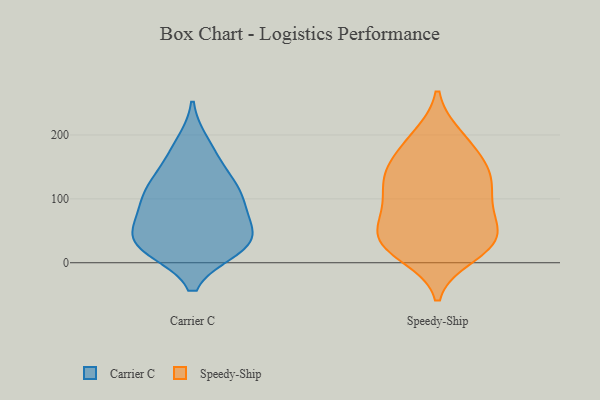
{"axis": {"x": "Gross Profit (USD K)", "y": "Value"}, "legend": ["Carrier C", "Speedy-Ship"], "data": [{"x": "", "y": 23, "type": "Carrier C"}, {"x": "", "y": 123, "type": "Carrier C"}, {"x": "", "y": 164, "type": "Carrier C"}, {"x": "", "y": 38, "type": "Carrier C"}, {"x": "", "y": 76, "type": "Carrier C"}, {"x": "", "y": 31, "type": "Carrier C"}, {"x": "", "y": 185, "type": "Carrier C"}, {"x": "", "y": 95, "type": "Carrier C"}, {"x": "", "y": 40, "type": "Carrier C"}, {"x": "", "y": 81, "type": "Carrier C"}, {"x": "", "y": 113, "type": "Carrier C"}, {"x": "", "y": 34, "type": "Carrier C"}, {"x": "", "y": 121, "type": "Carrier C"}, {"x": "", "y": 23, "type": "Carrier C"}, {"x": "", "y": 22, "type": "Speedy-Ship"}, {"x": "", "y": 121, "type": "Speedy-Ship"}, {"x": "", "y": 45, "type": "Speedy-Ship"}, {"x": "", "y": 143, "type": "Speedy-Ship"}, {"x": "", "y": 197, "type": "Speedy-Ship"}, {"x": "", "y": 193, "type": "Speedy-Ship"}, {"x": "", "y": 88, "type": "Speedy-Ship"}, {"x": "", "y": 43, "type": "Speedy-Ship"}, {"x": "", "y": 30, "type": "Speedy-Ship"}, {"x": "", "y": 31, "type": "Speedy-Ship"}, {"x": "", "y": 12, "type": "Speedy-Ship"}, {"x": "", "y": 141, "type": "Speedy-Ship"}, {"x": "", "y": 135, "type": "Speedy-Ship"}, {"x": "", "y": 72, "type": "Speedy-Ship"}, {"x": "", "y": 176, "type": "Speedy-Ship"}, {"x": "", "y": 35, "type": "Speedy-Ship"}, {"x": "", "y": 80, "type": "Speedy-Ship"}, {"x": "", "y": 141, "type": "Speedy-Ship"}, {"x": "", "y": 104, "type": "Speedy-Ship"}]}